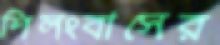
শিলংবাসের